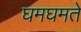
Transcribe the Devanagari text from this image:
घमघमते